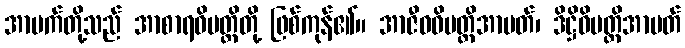
အာပက်တို့သည် အာစာရဝိပတ္တိတို့ ဖြစ်ကုန်၏။ အာဇီဝဝိပတ္တိအာပတ်၊ ဒိဋ္ဌိဝိပတ္တိအာပတ်